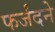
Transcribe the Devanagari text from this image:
फर्जंदने